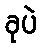
ခုပဲ